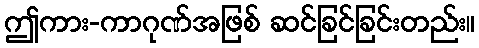
ဤကား-ကာဂုဏ်အဖြစ် ဆင်ခြင်ခြင်းတည်း။